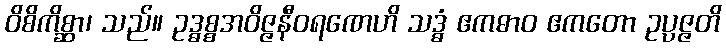
ဝိစိကိစ္ဆာ၊ သည်။ ဥဒ္ဓစ္စအဝိဇ္ဇနီဝရဏေဟိ သဒ္ဓံ ဧကဓာဝ ဧကတော ဥပ္ပဇ္ဇတိ